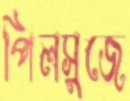
পিলসুজে